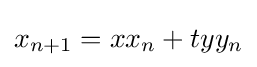
x_{n+1}=xx_{n}+tyy_{n}